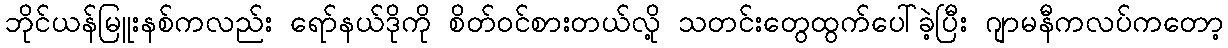
ဘိုင်ယန်မြူးနစ်ကလည်း ရော်နယ်ဒိုကို စိတ်ဝင်စားတယ်လို့ သတင်းတွေထွက်ပေါ်ခဲ့ပြီး ဂျာမနီကလပ်ကတော့